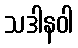
သဒါနဝါ